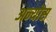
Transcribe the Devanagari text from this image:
अन्योस